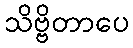
သိဗ္ဗိတာပေ